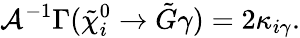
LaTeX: {\cal A}^{-1}\Gamma(\tilde{\chi}_{i}^{0}\rightarrow\tilde{G}\gamma)=2\kappa_{i\gamma}.